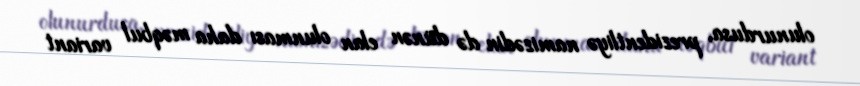
olunurdusa, prezidentliyə namizədin də dünən elan olunması daha məqbul variant